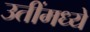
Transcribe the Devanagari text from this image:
उतींमध्ये